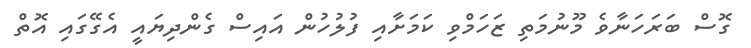
ގޮސް ބަރަހަނާވެ މޫނުމަތި ޒަހަމްވި ކަމަށާއި ފުލުހުން އައިސް ގެންދިޔައީ އެގޭގައި އޮތް